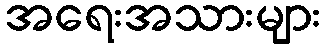
အရေးအသားများ